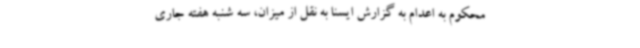
محکوم به اعدام به گزارش ایسنا به نقل از میزان، سه شنبه هفته جاری